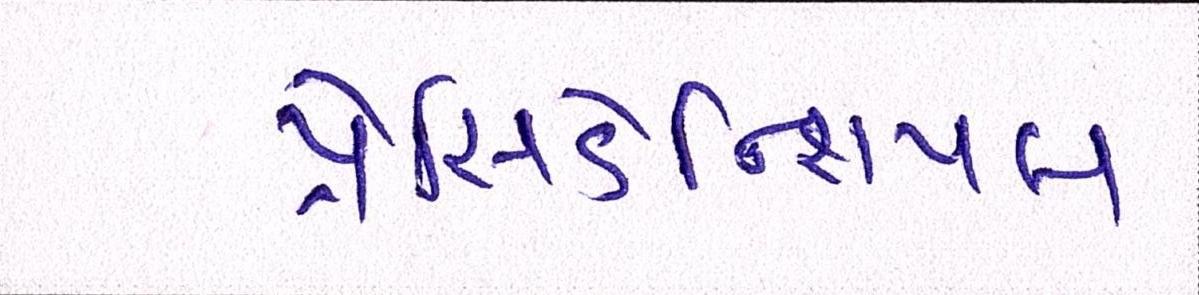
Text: પ્રેસિડેન્શિયલ